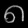
Digit: ၈